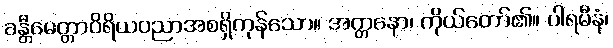
ခန္တီမေတ္တာဝိရိယပညာအစရှိကုန်သော။ အတ္တနော၊ ကိုယ်တော်၏။ ပါရမီနံ၊